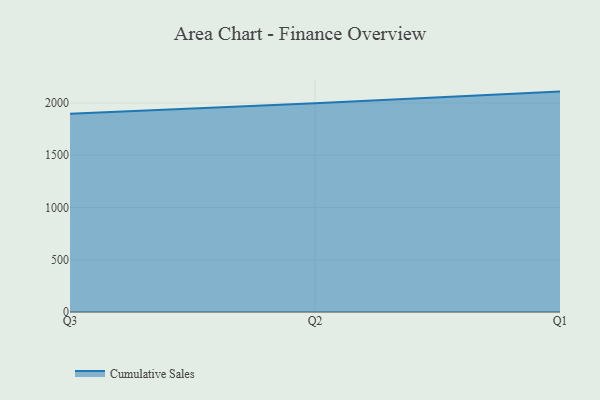
{"axis": {"x": "Quarter", "y": "Churn Rate (%)"}, "legend": ["Cumulative Sales"], "data": [{"x": "Q3", "y": 1896.2, "type": "Cumulative Sales"}, {"x": "Q2", "y": 1998.8, "type": "Cumulative Sales"}, {"x": "Q1", "y": 2109.2, "type": "Cumulative Sales"}]}